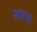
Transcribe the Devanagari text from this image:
शारभ